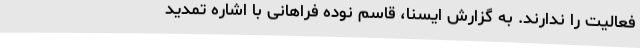
فعالیت را ندارند. به گزارش ایسنا، قاسم نوده فراهانی با اشاره تمدید